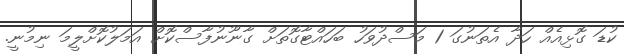
ކުޑަ ގޮޅިއެއް ހަދާ އެތަނުގަ 1 މަސްދުވަހު ބަހައްޓާގޮތަށް ގާނޫނުފާސްކޮށް އަމަލުކޮށްލީމަ ނިމުނީ.